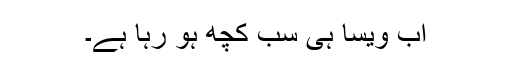
اب ویسا ہی سب کچھ ہو رہا ہے۔